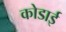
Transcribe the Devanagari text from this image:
कोडाई